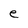
Character: e